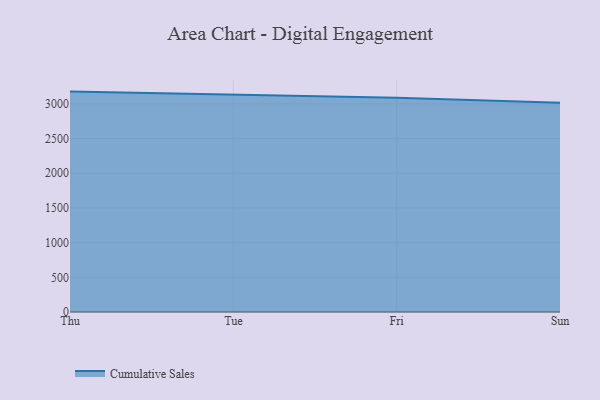
{"axis": {"x": "Day", "y": "Budget (USD K)"}, "legend": ["Cumulative Sales"], "data": [{"x": "Thu", "y": 3175.5, "type": "Cumulative Sales"}, {"x": "Tue", "y": 3128.7, "type": "Cumulative Sales"}, {"x": "Fri", "y": 3087.8, "type": "Cumulative Sales"}, {"x": "Sun", "y": 3014.2, "type": "Cumulative Sales"}]}